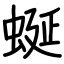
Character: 蜒